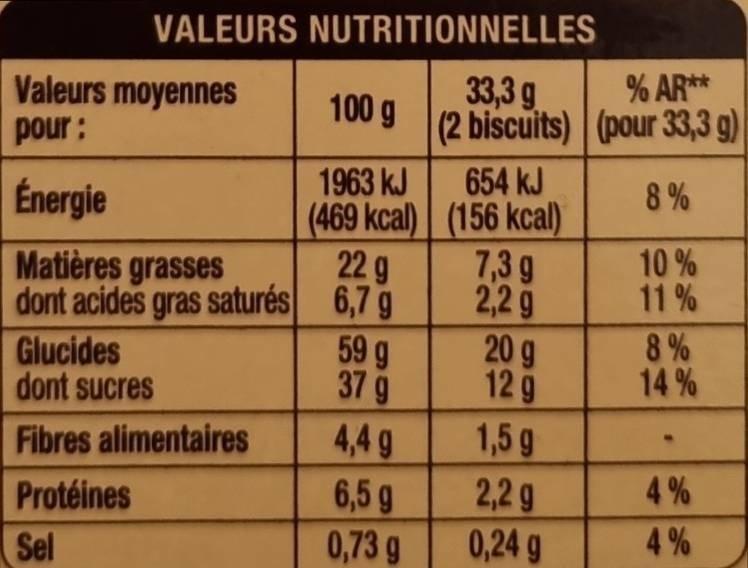
VALEURS NUTRITIONNELLES
33,3 g
% AR**
100 g (2 biscuits) (pour 33,3 g)
8%
Valeurs moyennes
pour:
Énergie
Matières grasses dont acides gras saturés
Glucides
dont sucres
Fibres alimentaires
Protéines
Sel
1963 kJ
(469 kcal)
22 g
6,7 g
59 g
37 g
4,4 g
6,5 g
0,73 g
654 kJ
(156 kcal)
7,3 g
2,2 g
20 g
12 g
1,5 g
2,2 g
0,24 g
10%
11%
8%
14%
4%
4%